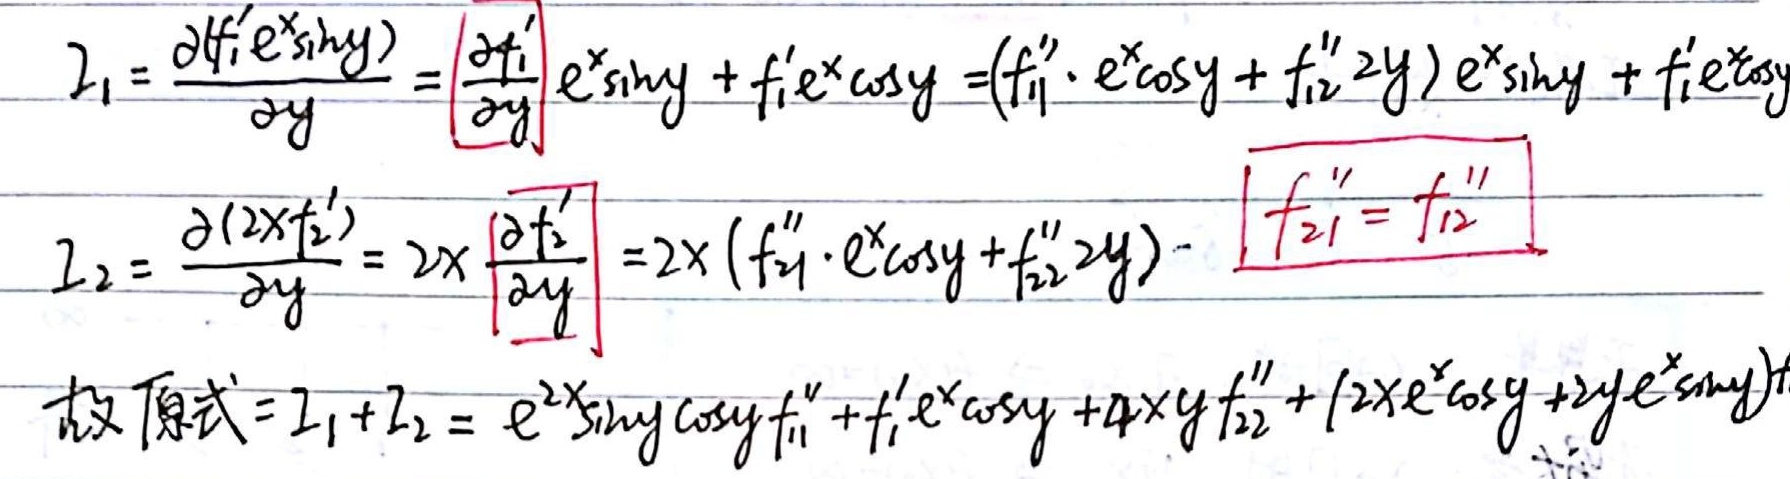
\[
\begin{align*}
I_1&=\frac{\partial(f_1'e^{x\sin y})}{\partial y}=\left(\frac{\partial f_1'}{\partial y}\right)e^{x\sin y}+f_1'e^{x}\cos y=(f_{11}''\cdot e^{x}\cos y + f_{12}''2y)e^{x\sin y}+f_1'e^{x}\cos y\\
I_2&=\frac{\partial(2xf_2')}{\partial y}=2x\left(\frac{\partial f_2'}{\partial y}\right)=2x(f_{21}''\cdot e^{x}\cos y + f_{22}''2y)-\boxed{f_{21}'' = f_{12}''}\\
\end{align*}
\]
故原式\(=I_1 + I_2=e^{2x}\sin y\cos yf_{11}''+f_1'e^{x}\cos y + 4xyf_{22}''+(2xe^{x}\cos y + 2ye^{x}\sin y)f_{12}''\)